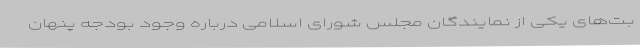
بت‌های یکی از نمایندگان مجلس شورای اسلامی درباره وجود بودجه پنهان